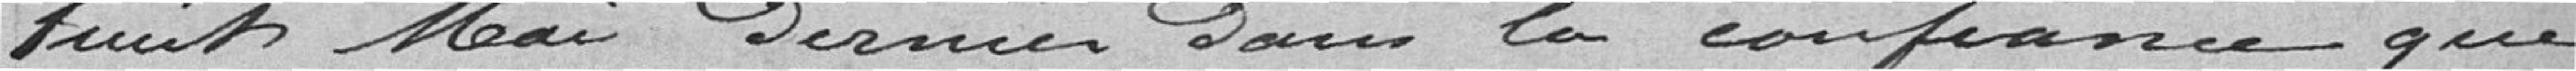
huit mai dernier dans la confiance que